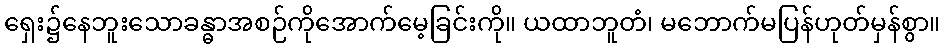
ရှေး၌နေဘူးသောခန္ဓာအစဉ်ကိုအောက်မေ့ခြင်းကို။ ယထာဘူတံ၊ မဘောက်မပြန်ဟုတ်မှန်စွာ။